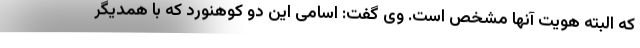
که البته هویت آنها مشخص است. وی گفت: اسامی این دو کوهنورد که با همدیگر